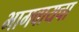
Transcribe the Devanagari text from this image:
भागवायचा